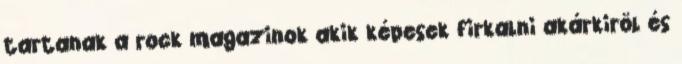
tartanak a rock magazinok akik képesek firkalni akárkiröl és